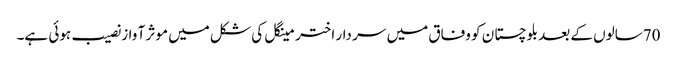
70سالوں کے بعد بلوچستا ن کو وفاق میں سر دار اختر مینگل کی شکل میں موثر آ واز نصیب ہوئی ہے۔